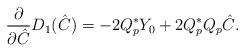
LaTeX: \begin{align*}\frac{\partial}{\partial \hat C }D_1(\hat C)=-2Q_p^*Y_0+2Q_p^*Q_p\hat C.\end{align*}